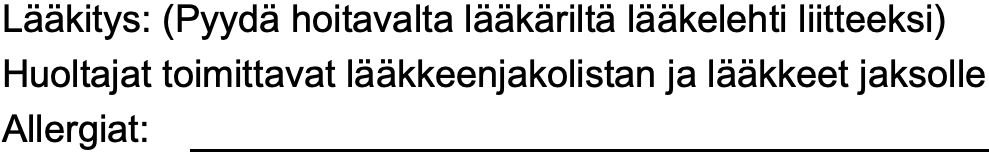
Lääkitys: (Pyydä hoitavalta lääkäriltä lääkelehti liitteeksi) Huoltajat toimittavat lääkkeenjakolistan ja lääkkeet jaksolle Allergiat: